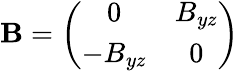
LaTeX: \mathbf{B}=\left(\begin{array}{cc}{{0}}&{{B_{yz}}}\\ {{-B_{yz}}}&{{0}}\end{array}\right)